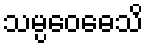
သမ္ပဝေဓေသိ